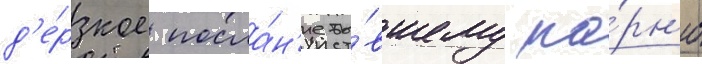
д'е́рзкое посла́н'ие бы́вшему па́рн'ю